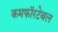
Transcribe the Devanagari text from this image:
कमफॉरटेबल